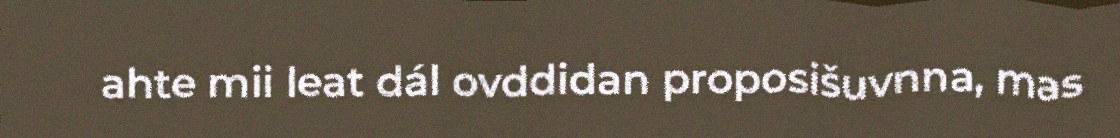
ahte mii leat dál ovddidan proposišuvnna, mas